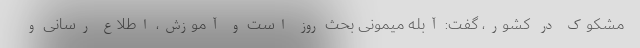
مشکوک در کشور، گفت: آبله میمونی بحث روز است و آموزش، اطلاع رسانی و